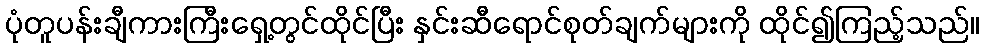
ပုံတူပန်းချီကားကြီးရှေ့တွင်ထိုင်ပြီး နှင်းဆီရောင်စုတ်ချက်များကို ထိုင်၍ကြည့်သည်။